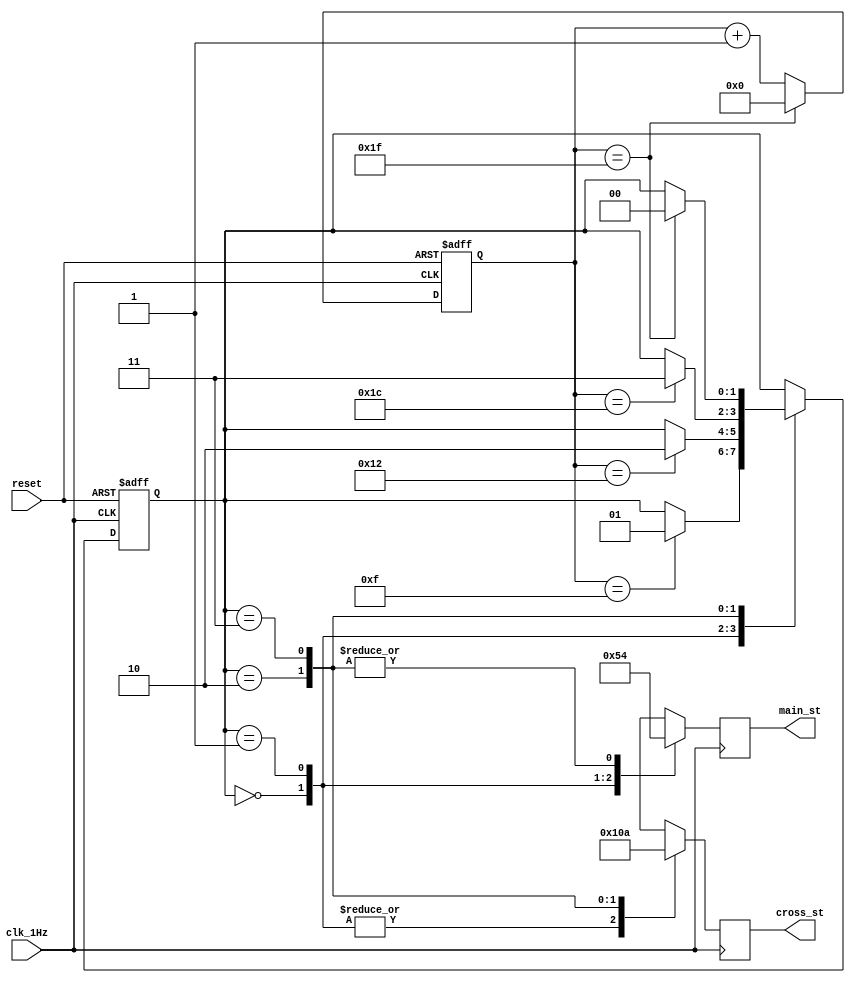
// This program was cloned from: https://github.com/FPGADude/Digital-Design
// License: GNU General Public License v3.0

`timescale 1ns / 1ps

module state_machine(
    input reset,    // btnC on BASYS 3
    input clk_1Hz,
    output reg [2:0] main_st,   // 3-bits out PMOD_B
    output reg [2:0] cross_st   // 3-bits out PMOD_C
    );
    
    // Define states
    parameter main_green_cross_red  = 2'b00;
    parameter main_yellow_cross_red = 2'b01;
    parameter main_red_cross_green  = 2'b10;
    parameter main_red_cross_yellow = 2'b11;
    
    // The state register
    reg [1:0] state_reg;    // 4 states = 2 bits
    
    // Timer for light changes
    reg [4:0] light_counter = 0;    // main green = 15 seconds
                                    // main yellow = 3 seconds
                                    // cross green = 10 seconds
                                    // cross yellow = 3 seconds
                                    // total seconds = 31 = 5 bits
    
    // Next state logic
    always @(posedge clk_1Hz or posedge reset) begin
        if(reset)
            state_reg <= main_green_cross_red;  // reset state
        else
            case(state_reg)
                main_green_cross_red  : if(light_counter == 15)     state_reg <= main_yellow_cross_red;
                main_yellow_cross_red : if(light_counter == 18)     state_reg <= main_red_cross_green;
                main_red_cross_green  : if(light_counter == 28)     state_reg <= main_red_cross_yellow;
                main_red_cross_yellow : if(light_counter == 31)     state_reg <= main_green_cross_red;
                default : state_reg <= main_green_cross_red; 
            endcase
    end
    
    // Light Counter control
    always @(posedge clk_1Hz or posedge reset) begin
        if(reset)
            light_counter <= 0;
        else
            if(light_counter == 31) 
                light_counter <= 0;
            else
                light_counter <= light_counter + 1;
    end
    
    always @(posedge clk_1Hz) begin
        case(state_reg) 
            main_green_cross_red  : begin
                                        main_st  = 3'b001;  // green
                                        cross_st = 3'b100;  // red
                                    end
            main_yellow_cross_red : begin
                                        main_st  = 3'b010;  // yellow
                                        cross_st = 3'b100;  // red
                                    end
            main_red_cross_green  : begin
                                        main_st  = 3'b100;  // red
                                        cross_st = 3'b001;  // green
                                    end
            main_red_cross_yellow : begin
                                        main_st  = 3'b100;  // red
                                        cross_st = 3'b010;  // yellow
                                    end
        endcase
    end
    
endmodule